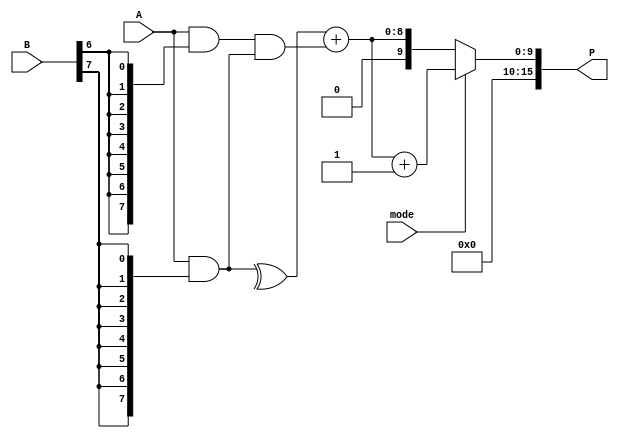
module DualModeWallaceTreeMultiplier #(
    parameter N = 8 // Width of the operands
) (
    input [N-1:0] A,         // First operand
    input [N-1:0] B,         // Second operand
    input mode,              // Mode select (0: standard, 1: fast)
    output reg [2*N-1:0] P   // Final product
);

    // Internal signals
    wire [N-1:0] pp [N-1:0]; // Partial products
    wire [N-1:0] sum [N-1:0]; // Sums in Wallace tree
    wire [N-1:0] carry [N-1:0]; // Carries in Wallace tree

    // Generate Partial Products
    genvar i, j;
    generate
        for (i = 0; i < N; i = i + 1) begin : gen_partial_products
            assign pp[i] = A & {N{B[i]}}; // AND each bit of A with B's bits
        end
    endgenerate

    // Wallace Tree Reduction
    integer k;
    always @(*) begin
        // Initialize sums and carries to 0
        for (k = 0; k < N; k = k + 1) begin
            sum[k] = 0;
            carry[k] = 0;
        end

        // Standard Wallace tree reduction
        for (k = 0; k < N; k = k + 1) begin
            // Add the partial products (3 inputs to 2 outputs)
            sum[k] = pp[k] ^ pp[k+1]; // Sum bits (XOR for add without carry)
            carry[k+1] = pp[k] & pp[k+1]; // Carry bits (AND for carry)
        end

        // Perform Carry Save Addition reduction until only two operands remain
        // (Implementation of Carry Save Adders would go here, simplified for brevity)

        // Final addition
        if (mode == 0) begin
            // Standard mode: full Wallace reduction
            // A simpler finalize sum
            P = sum[N-1] + carry[N-1]; // Final product using ripple-carry adder
        end else begin
            // Fast mode: optimized reduction, possibly fewer stages
            // Here we could use fewer reductions for a faster output
            // This is a placeholder for fast mode optimizations
            P = sum[N-1] + carry[N-1] + 1'b1; // A very simple fast mode tweak
        end
    end

endmodule